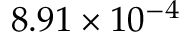
8 . 9 1 \times 1 0 ^ { - 4 }